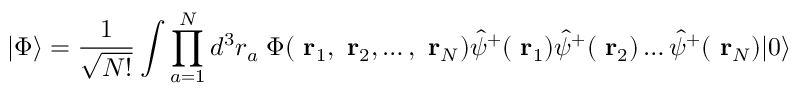
| \Phi \rangle = \frac { 1 } { \sqrt { N ! } } \int \prod _ { a = 1 } ^ { N } d ^ { 3 } r _ { a } \; \Phi ( \mathrm { \bf ~ r } _ { 1 } , \mathrm { \bf ~ r } _ { 2 } , \dots , \mathrm { \bf ~ r } _ { N } ) \hat { \psi } ^ { + } ( \mathrm { \bf ~ r } _ { 1 } ) \hat { \psi } ^ { + } ( \mathrm { \bf ~ r } _ { 2 } ) \dots \hat { \psi } ^ { + } ( \mathrm { \bf ~ r } _ { N } ) | 0 \rangle